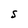
Character: S